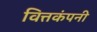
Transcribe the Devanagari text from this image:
वित्तकंपनी